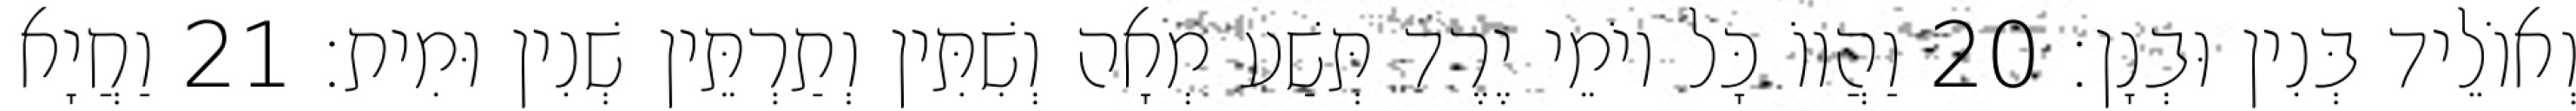
וְאוֹלֵיד בְּנִין וּבְנָן׃ 20 וַהֲווֹ כָּל יוֹמֵי יֶרֶד תְּשַׁע מְאָה וְשִׁתִּין וְתַרְתֵּין שְׁנִין וּמִית׃ 21 וַחֲיָא